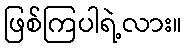
ဖြစ်ကြပါရဲ့လား။